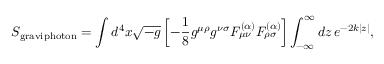
S _ { \mathrm { g r a v i p h o t o n } } = \int d ^ { 4 } x \sqrt { - g } \left[ - \frac { 1 } { 8 } g ^ { \mu \rho } g ^ { \nu \sigma } F _ { \mu \nu } ^ { ( \alpha ) } F _ { \rho \sigma } ^ { ( \alpha ) } \right] \int _ { - \infty } ^ { \infty } d z \, e ^ { - 2 k | z | } ,